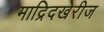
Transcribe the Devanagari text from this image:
माद्रिदखेरीज